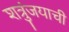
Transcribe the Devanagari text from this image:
शत्रुंजयाची